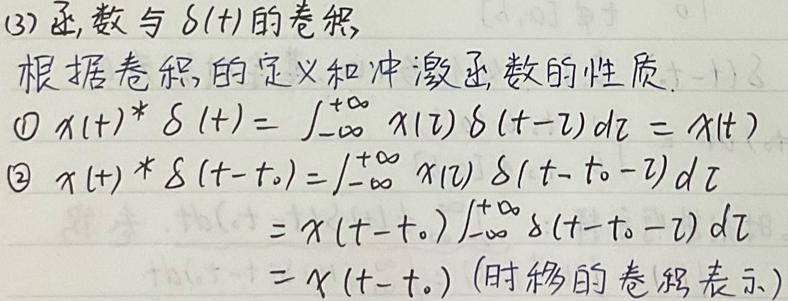
(3) 函数与 $\delta(t)$ 的卷积

根据卷积的定义和冲激函数的性质:
\textcircled{1} $x(t)*\delta(t)=\int_{-\infty}^{+\infty}x(\tau)\delta(t - \tau)d\tau=x(t)$
\textcircled{2} $x(t)*\delta(t - t_0)=\int_{-\infty}^{+\infty}x(\tau)\delta(t - t_0-\tau)d\tau$
$=x(t - t_0)\int_{-\infty}^{+\infty}\delta(t - t_0-\tau)d\tau$
$=x(t - t_0)$ (时移的卷积表示)